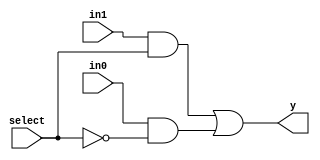
module mux2_1 ( y,in1,in0,select);

 input in1,in0;
 input select;
 output y;
   wire select_bar, w1,w2;
 not (select_bar, select);
 and ( w1, in1,select);
 and (w2, in0,select_bar);
 or (y,w1,w2);

endmodule